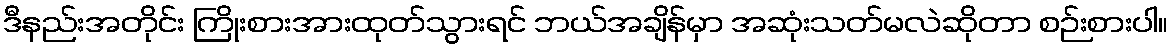
ဒီနည်းအတိုင်း ကြိုးစားအားထုတ်သွားရင် ဘယ်အချိန်မှာ အဆုံးသတ်မလဲဆိုတာ စဉ်းစားပါ။